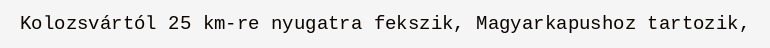
Kolozsvártól 25 km-re nyugatra fekszik, Magyarkapushoz tartozik,